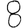
Digit: 8